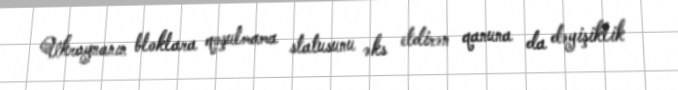
Ukraynanın bloklara qoşulmama statusunu əks etdirən qanuna da dəyişiklik